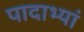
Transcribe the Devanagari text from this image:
पादाभ्यां